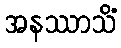
အနဿာသိံ